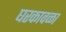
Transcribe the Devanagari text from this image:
घरकावळा